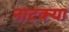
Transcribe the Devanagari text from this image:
नाटक्या